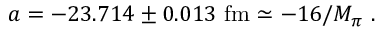
a = - 2 3 . 7 1 4 \pm 0 . 0 1 3 \mathrm { ~ f m } \simeq - 1 6 / M _ { \pi } ~ .